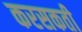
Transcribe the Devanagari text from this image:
करसकती